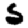
Digit: 5